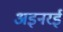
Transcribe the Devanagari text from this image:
अइनरई